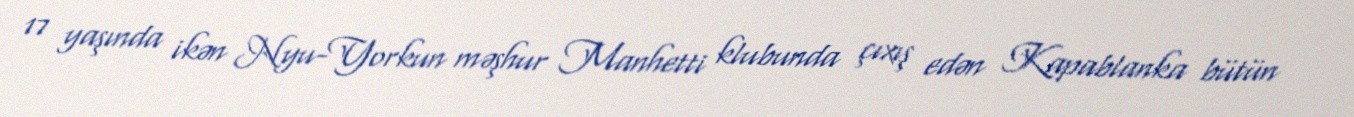
17 yaşında ikən Nyu-Yorkun məşhur Manhetti klubunda çıxış edən Kapablanka bütün